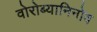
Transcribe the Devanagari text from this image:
वोरोब्यानिनोव